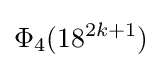
\Phi _{4}(18^{2k+1})